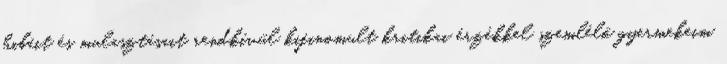
hibáit és mulasztásait rendkívül kifinomult kritikai érzékkel szemlélő gyermekeim